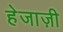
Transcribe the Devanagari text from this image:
हेजाज़ी